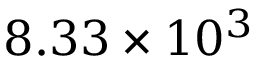
8 . 3 3 \times 1 0 ^ { 3 }